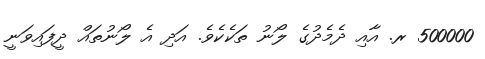
500000 ރ. އާއި ދެމެދުގެ ލޯނު ތަކެކެވެ. އަދި އެ ލޯނުތައް ދީފައިވަަނީ